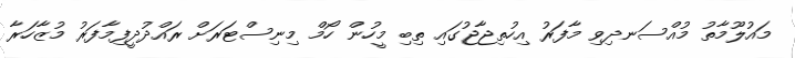
މައުލޫމާތު މުއްސަނދިވި މާފަރު އިހުތިޖާޖުގައި ތިބި މީހުން ހޯމް މިނިސްޓަރަށް ރައްދުދީފިމާފަރު މުޒާހަރާ